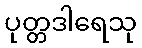
ပုတ္တဒါရေသု